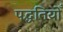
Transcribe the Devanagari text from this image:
पद्धतियोँ